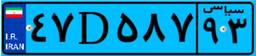
۲۱D۹۱۱۲۴